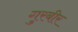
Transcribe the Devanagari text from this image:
गुरबीर